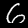
Digit: 6